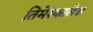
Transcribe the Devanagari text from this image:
तिमेस्कालेस